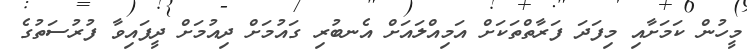
މީހުން ކަމަށާއި މިފަދަ ފަރާތްތަކަށް އަމިއްލައަށް އެނބުރި ގައުމަށް ދިއުމަށް ދީފައިވާ ފުރުސަތުގެ